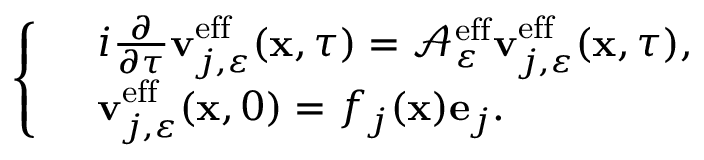
\left\{ \begin{array} { r l } & { i \frac { \partial } { \partial \tau } \mathbf { v } _ { j , \varepsilon } ^ { \mathrm { e f f } } ( \mathbf { x } , \tau ) = \mathcal { A } _ { \varepsilon } ^ { \mathrm { e f f } } \mathbf { v } _ { j , \varepsilon } ^ { \mathrm { e f f } } ( \mathbf { x } , \tau ) , } \\ & { \mathbf { v } _ { j , \varepsilon } ^ { \mathrm { e f f } } ( \mathbf { x } , 0 ) = f _ { j } ( \mathbf { x } ) \mathbf { e } _ { j } . } \end{array} \right.